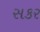
સકર